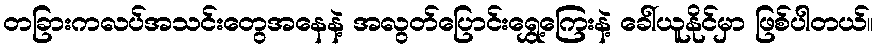
တခြားကလပ်အသင်းတွေအနေနဲ့ အလွတ်ပြောင်းရွှေ့ကြေးနဲ့ ခေါ်ယူနိုင်မှာ ဖြစ်ပါတယ်။